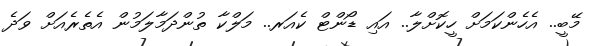
މޭބީ.. އެހެންކަމަށް ހީކޮށްލާ.. އައި ޑޯންޓް ކެއަރ.. މަލްކާ ތުންދަމާލަމުން އެތެރެއަށް ވަދެ